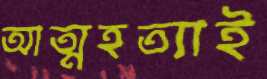
আত্মহত্যাই